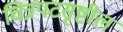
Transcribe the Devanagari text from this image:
चित्रपटसृष्टील